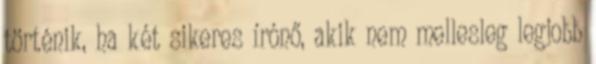
történik, ha két sikeres írónő, akik nem mellesleg legjobb